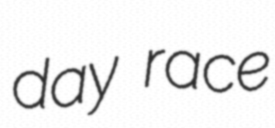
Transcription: day race